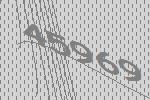
45969